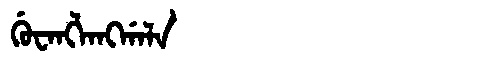
Manchu: ᡤᡠᠸᠠᠩᠯᠠᠩᡤᠠᠯᠠ
Romanization: GUWANGLANGGALA